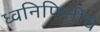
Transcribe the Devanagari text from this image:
ध्वनिफितींचे